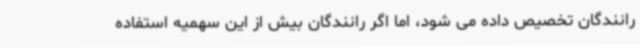
رانندگان تخصیص داده می شود، اما اگر رانندگان بیش از این سهمیه استفاده